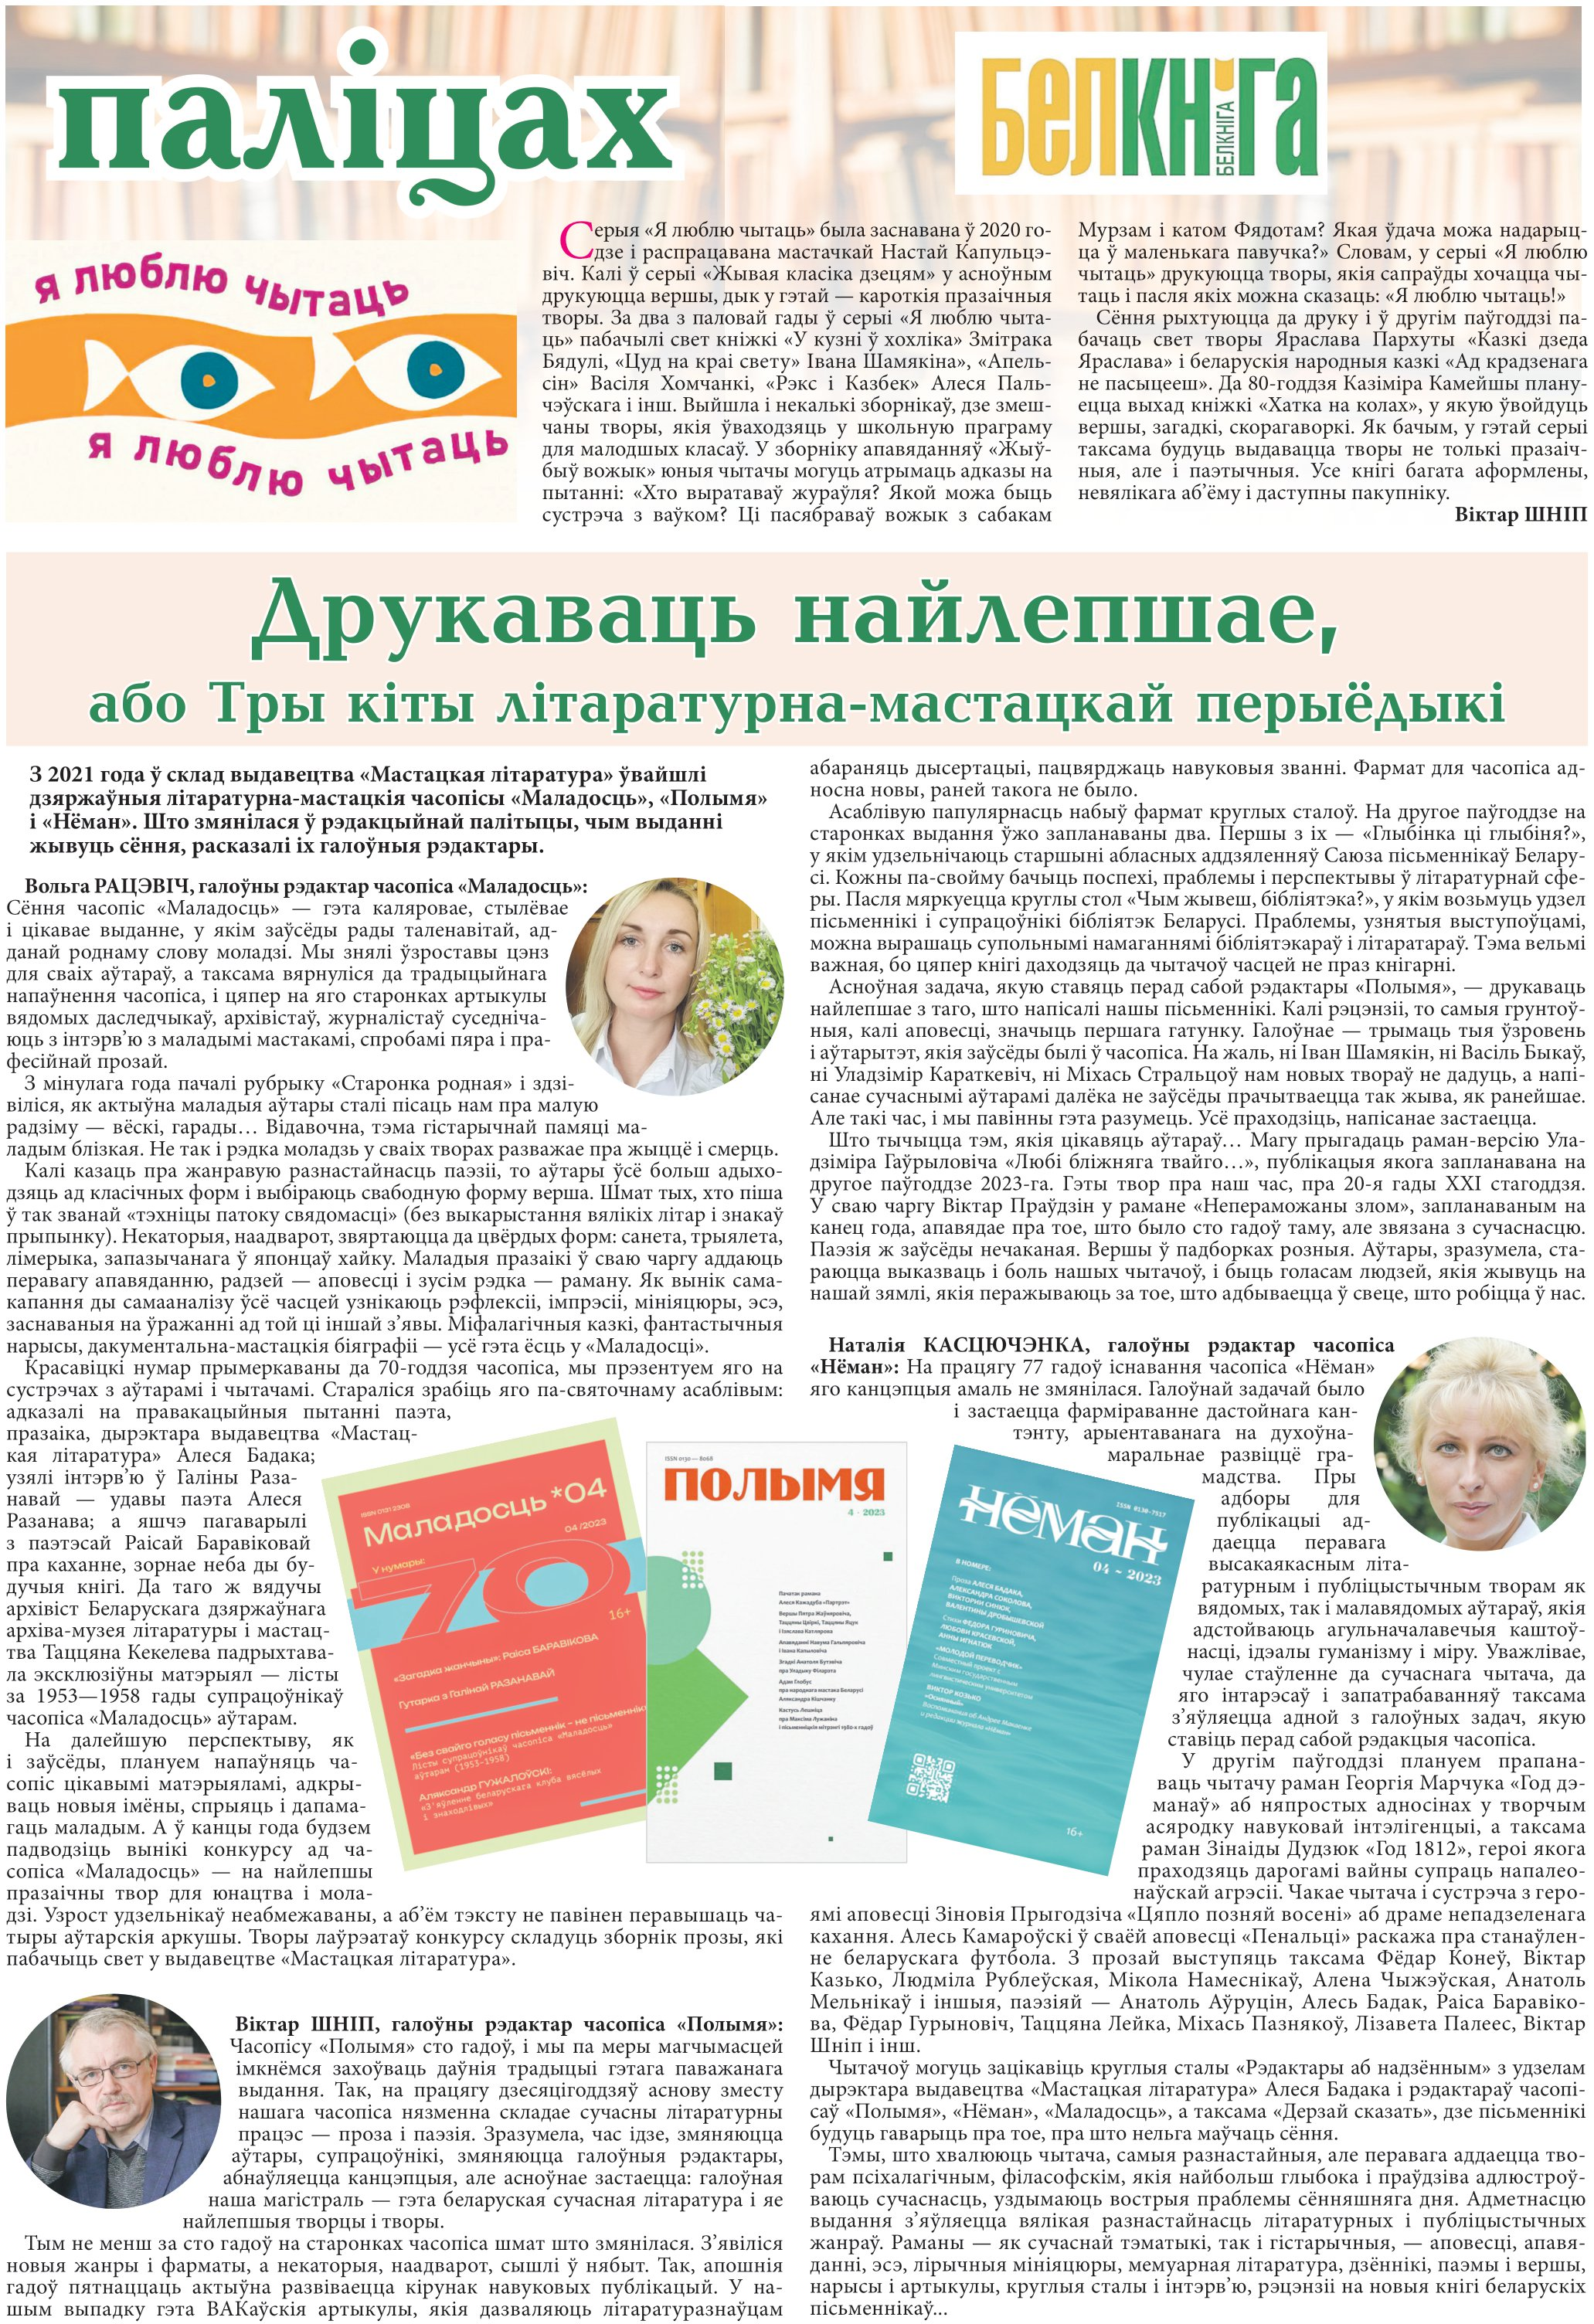
Language: be